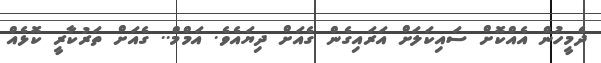
ދެމީހުން އެއްކޮށް ސައިކަލަށް އަރައިގެން ގެއަށް ދިޔައެވެ. އަމްމް.. ގެއަށް ތަރުކާރީ ކޮޅެއް